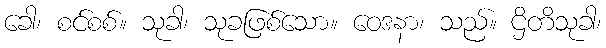
ခေါ၊ စင်စစ်။ သုခါ၊ သုခဖြစ်သော။ ဝေဒနာ၊ သည်။ ဌိတိသုခါ၊